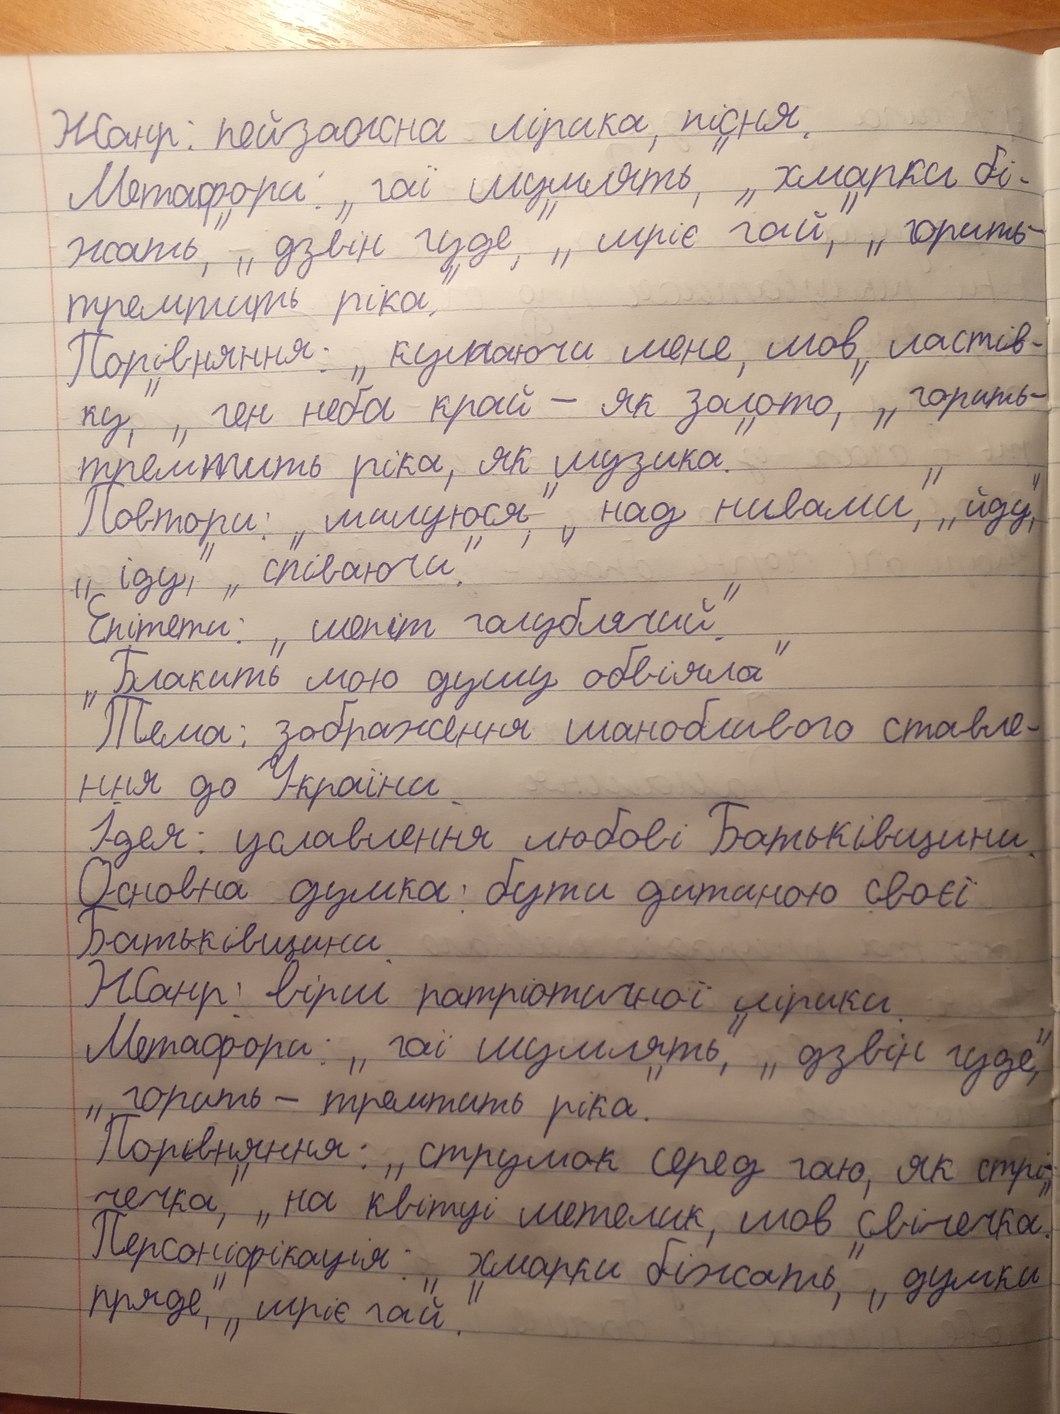
Жанр: пейзажна лірика, пісня.
Метафори: „гаї шумлять", „хмарки бі-
жать," „ дзвін гуде," „ мріє гай," „ горить-
тремтить ріка."
Порівняння: „кутаючи мене, мов ластів-
ку," ,, ген неба край - як золото," ,, горить-
тремтить ріка, як музика."
Повтори: "милуюся", "над нивами", "йду",
"іду", "співаючи".
Епітети: "шепіт голублячий".
"Блакить мою душу обвіяла"
Тема: зображення шанобливого ставле-
ння до України.
Ідея: уславлення любові Батьківщини.
Основна думка: бути дитиною своєї
Батьківщини.
Жанр: вірш патріотичної лірики.
Метафори: „гаї шумлять“, „дзвін гуде,“
"горить - тремтить ріка."
Порівняння: „струмок серед гаю, як стрі-
чечка," "на квітці метелик, мов свічечка."
Персоніфікація: "хмарки біжать", "думки
пряде", "мріє гай."